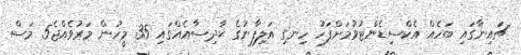
ޗައިނާގައި ބަހެއް އެކްސިޑެންޓުވުމަށްފަހު ހިނގި އަލިފާނުގެ ޙާދިސާއެއްގައި 35 މީހުން މަރުވެއްޖެ5 މަސް